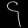
Digit: ၄